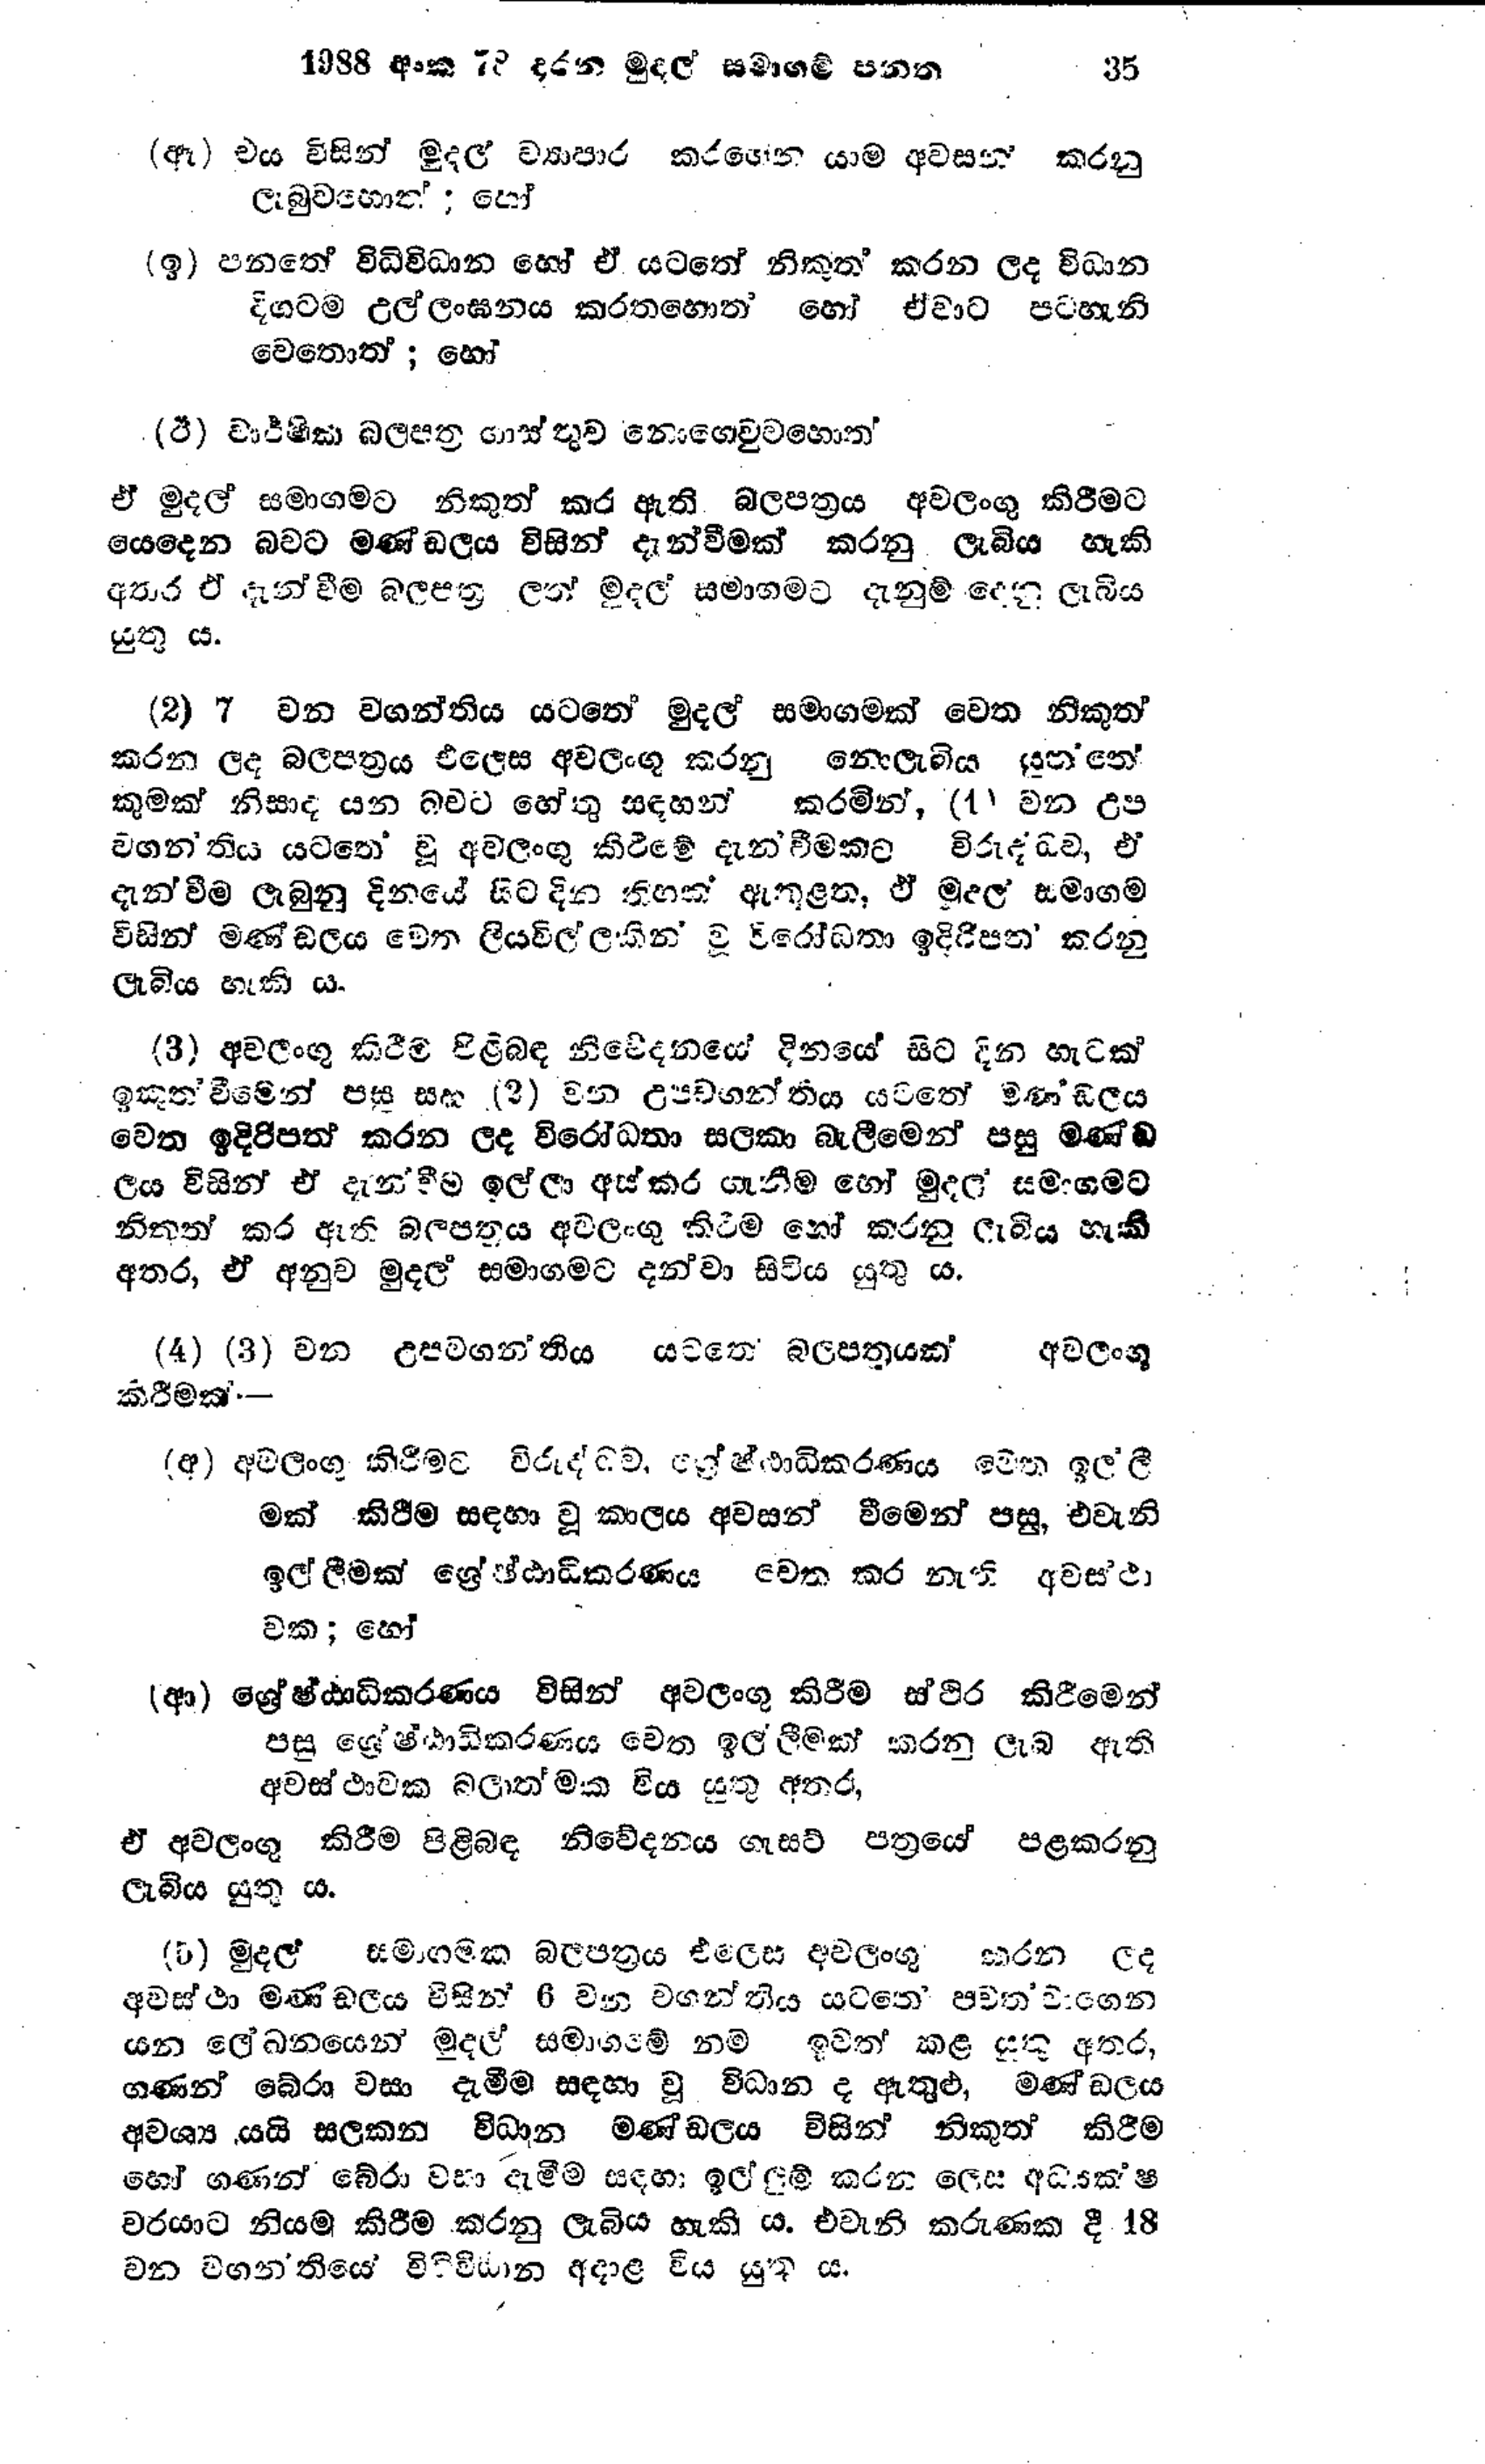
1988 අංක 78 දරන මුදල් සමාගම් පනත 35

(ඈ) එය විසින් මුදල් ව්‍යාපාර කරගෙන යාම අවසන් කරනු
ලැබුවහොත්; හෝ

(ඉ) පනතේ විධිවිධාන හෝ ඒ යටතේ නිකුත් කරන ලද විධාන
දිගටම උල්ලංඝනය කරතහොත් හෝ ඒවාට පටහැනි
වෙතොත් ; හෝ

(ඊ) වාර්ෂික බලපත්‍ර යාස්තුව නොගෙවුවහොත්

ඒ මුදල් සමාගමට නිකුත් කර ඇති බලපත්‍රය අවලංගු කිරීමට
යෙදෙන බවට මණ්ඩලය විසින් දැන්වීමක් කරනු ලැබිය හැකි
අතර ඒ දැන්වීම බලපත්‍ර ලත් මුදල් සමාගමට දැනුම් දෙනු ලැබිය
යුතු ය.

(2) 7 වන වගන්තිය යටතේ මුදල් සමාගමක් වෙත නිකුත්
කරන ලද බලපත්‍රය එලෙස අවලංගු කරනු නොලැබිය යුත්තේ
කුමක් නිසාද යන බවට හේතු සඳහන් කරමින්, (1) වන උප
වගන්තිය යටතේ වූ අවලංගු කිරීමේ දැන්වීමකට විරුද්ධව, එ
දැන්වීම ලැබුනු දිනයේ සිට දින තිහක් ඇතුළත, ඒ මුදල් සමාගම
විසින් මණ්ඩලය වෙන ලියවිල්ලකින් වූ විරෝධතා ඉදිරිපත් කරනු
ලැබිය හැකි ය.

(3) අවලංගු කිරීම පිළිබඳ නිවේදනයේ දිනයේ සිට දින හැටක්
ඉකුත්වීමෙන් පසු සහ (2) වන උපවගන්තිය යටතේ මණ‍්ඩලය
වෙත ඉදිරිපත් කරන ලද විරෝධතා සලකා බැලීමෙන් පසු මණ්ඩ
ලය විසින් ඒ දැන්වීම ඉල්ලා අස්කර ගැනීම හෝ මුදල සමාගමට
නිකුත් කර ඇති බලපත්‍රය අවලංගු කිරීම හෝ කරනු ලැබිය හැකි
අතර, ඒ අනුව මුදල් සමාගමට දන්වා සිටිය යුතු ය.

(4) (3) වන උපවගන්තිය යටතේ බලපත්‍රයක් අවලංගු
කිරීමක් -

(අ) අවලංගු කිරීමට විරුද්ධව, ශ්‍රේෂ්ඨාධිකරණය වෙත ඉල්ලී
මක් කිරීම සඳහා වූ කාලය අවසන් වීමෙන් පසු, එවැනි
ඉල්ලීමක් ශ්‍රේෂ්ඨාධිකරණය වෙත කර නැති අවසථා
වක; හෝ

(ආ) ශ්‍රේෂ්ඨාධිකරණය විසින් අවලංගු කිරීම ස්ථිර කිරීමෙන්
පසු ශ්‍රේෂ්ඨාධිකරණය වෙත ඉල්ලීමක් කරනු ලැබ ඇති
අවස්ථාවක බලාත්මක විය යුතු අතර,

ඒ අවලංගු කිරීම පිළිබඳ නිවේදනය ගැසට් පත්‍රයේ පළකරනු
ලැබිය යුතු ය.

(5) මුදල් සමාගමක බලපත්‍රය එලෙස අවලංගු කරන ලද
අවස්ථා මණඩලය විසින් 6 වන වගන්තිය යටතෙ පවතවාගෙන
යන ලේඛනයෙන් මුදල් සමාගමේ නම් ඉවත් කළ යුතු අතර,
ගණන් බේරා වසා දැමීම සඳහා වූ විධාන ද ඇතුළු, මණ්ඩලය
අවශ්‍ය යයි සලකන විධාන මණ්ඩලය විසින් නිකුත් කිරීම
හෝ ගණන් බේරා වසා දැමීම සඳහා ඉල්ලුම් කරන ලෙස අධ්‍යක්ෂ
වරයාට නියම කිරීම කරනු ලැබිය හැකි ය. එවැනි කරුණක දී 18
වන වගන්තියේ විධිවිධාන අදාළ විය යුතු ය.